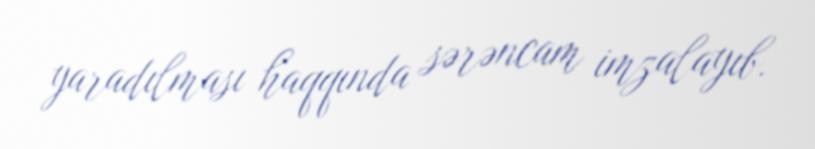
yaradılması haqqında sərəncam imzalayıb.